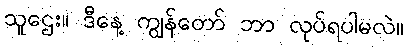
သူဌေး။ ဒီနေ့ ကျွန်တော် ဘာ လုပ်ရပါမလဲ။